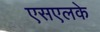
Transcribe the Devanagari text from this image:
एसएलके